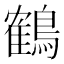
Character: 鶴